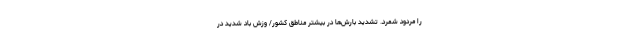
را مردود شمرد. تشدید بارش‌ها در بیشتر مناطق کشور/ وزش باد شدید در